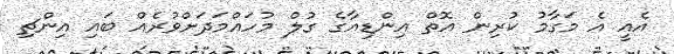
އެއީ އެ މަގާމު ކުރިން އޮތް އިންޑިއާގެ ގުލް މުހައްމަދަށްވުރެއް ބައި އިންޗި